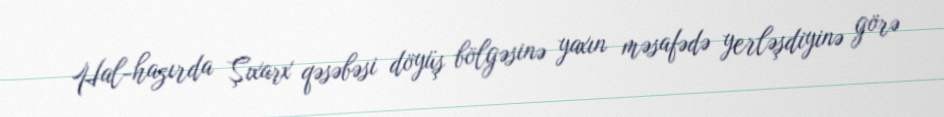
Hal-hazırda Şıxarx qəsəbəsi döyüş bölgəsinə yaxın məsafədə yerləşdiyinə görə